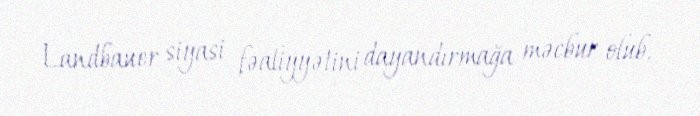
Landbauer siyasi fəaliyyətini dayandırmağa məcbur olub.